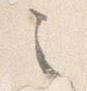
之